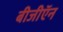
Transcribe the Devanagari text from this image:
बीजीऍन